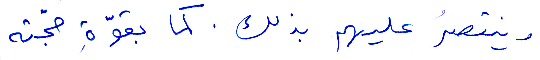
وينتصر عليهم بذلك. كما بقوّة حجّته